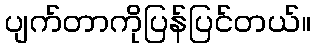
ပျက်တာကိုပြန်ပြင်တယ်။